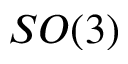
S O ( 3 )